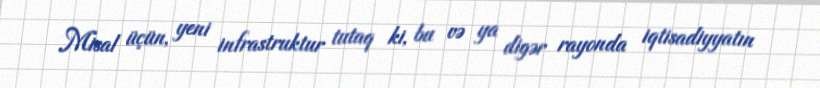
Misal üçün, yeni infrastruktur tutaq ki, bu və ya digər rayonda iqtisadiyyatın